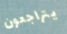
يتراجعون